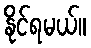
နိုင်ရမယ်။